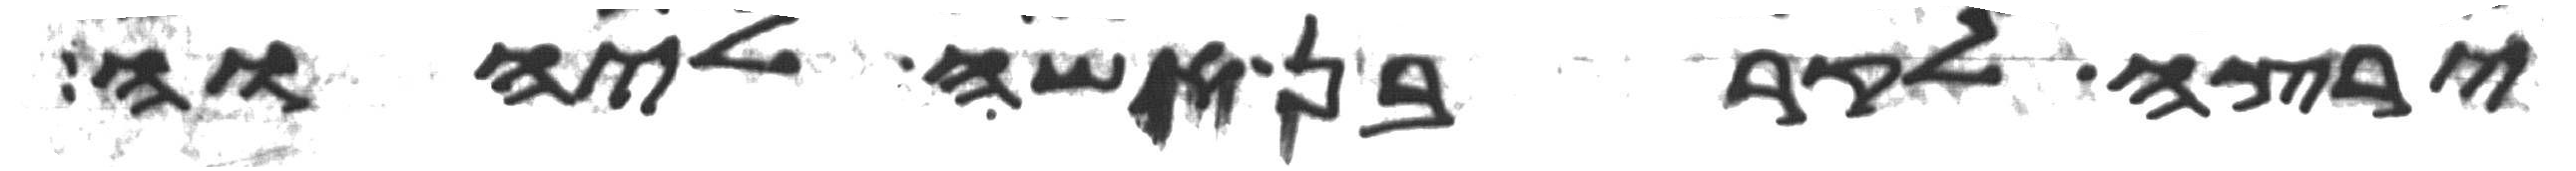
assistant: ירצה לקרבן אשה ליהוה